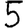
Digit: 5